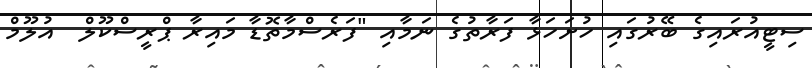
ސިޓީއުރައިގެ ބޭރުގައި ހުށަހަޅާ ފަރާތުގެ ނަމާއި "ފަރެސްމާތޮޑާ މައިރާ ޕްރީސްކޫލް  އުލޫމް